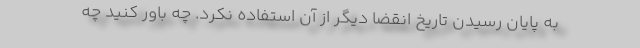
به پایان رسیدن تاریخ انقضا دیگر از آن استفاده نکرد. چه باور کنید چه